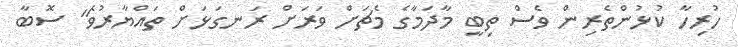
ހުރިހާ ކުޅުންތެރިން ވެސް ތިބީ މާދަމާގެ މެޗަށް ވަރަށް ރަނގަޅަށް ތައްޔާރުވެ" ސޮބާ